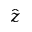
\hat { z }